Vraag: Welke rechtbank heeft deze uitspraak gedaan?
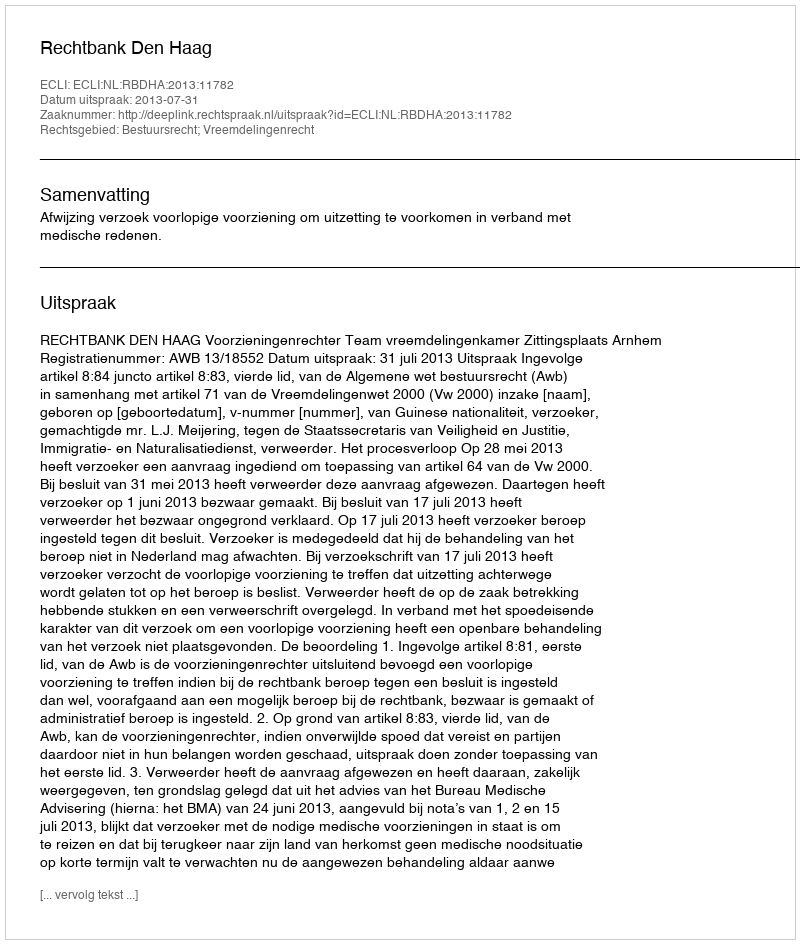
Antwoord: Rechtbank Den Haag